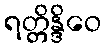
ရတ္တိန္ဒိဝေ